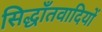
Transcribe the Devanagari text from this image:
सिद्धाँतवादियों